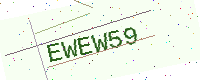
Text: EWEW59